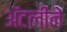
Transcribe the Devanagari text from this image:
अॅटलीने